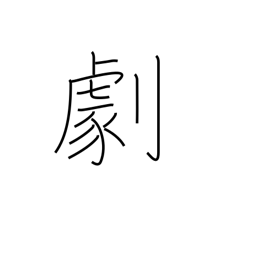
Meaning: drama